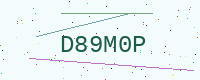
Text: D89M0P